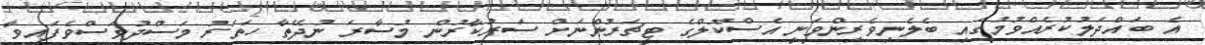
އެ ބައްދަލުކުރެއްވުމުގައި ބެލެނިވެރިންވަނީ އެސްކޫލްގެ ޓީޗަރުންނަށް ސަރުކާރުން މުސާރަ ނުދޭތާ ހަތަރު މަސްދުވަސްވެފައިވާ